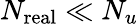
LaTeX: N_{\mathrm{real}}\ll N_{u}